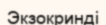
Экзокринді